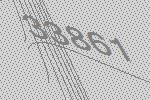
33861